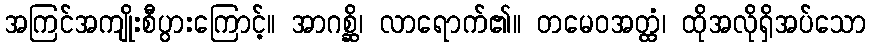
အကြင်အကျိုးစီပွားကြောင့်။ အာဂစ္ဆိ၊ လာရောက်၏။ တမေဝအတ္ထံ၊ ထိုအလိုရှိအပ်သော